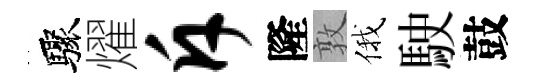
驟燿斥隆敦俄駛鼓